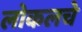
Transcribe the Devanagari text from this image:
लोकलचे